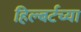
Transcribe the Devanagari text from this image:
हिल्बर्टच्या